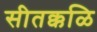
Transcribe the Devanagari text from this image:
सीतक्कळि